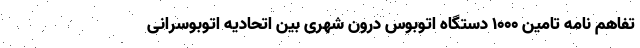
تفاهم نامه تامین ۱۰۰۰ دستگاه اتوبوس درون شهری بین اتحادیه اتوبوسرانی